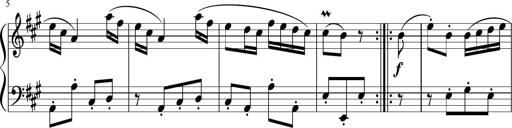
Title: 12 Keyboard Sonatinas
Composer: James Hook